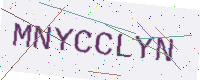
Text: MNYCCLYN